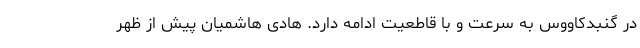
در گنبدکاووس به سرعت و با قاطعیت ادامه دارد. هادی هاشمیان پیش از ظهر